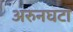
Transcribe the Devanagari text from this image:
अरुनघटा